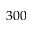
3 0 0